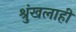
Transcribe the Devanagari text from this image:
श्रुंखलाही